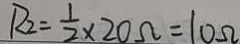
R _ { 2 } = \frac { 1 } { 2 } \times 2 0 \Omega = 1 0 \Omega